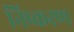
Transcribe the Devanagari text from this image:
निष्करण